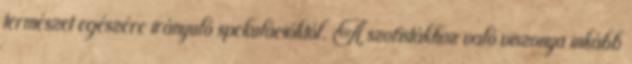
természet egészére irányuló spekulációktól. A szofistákhoz való viszonya inkább